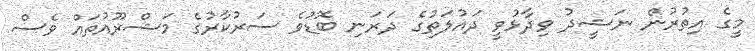
މީގެ އިތުރުން ނަޝީދު ވިދާޅުވީ ދައުލަތުގެ ދަރަނި ބޮޑުވެ ސަރުކާރުގެ މަޝްރޫއުތައް ވެސް